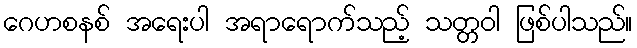
ဂေဟစနစ် အရေးပါ အရာရောက်သည့် သတ္တဝါ ဖြစ်ပါသည်။